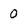
Character: 0